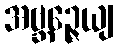
အဗ္ဘဉ္ဇေယျ